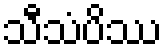
သီသံပိဿ